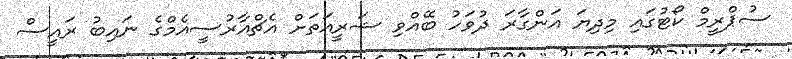
ސުޕްރީމް ކޯޓުގައި މިދިޔަ އަންގާރަ ދުވަހު ބޭއްވި ޝަރީއަތަށް އެޗްއާރުސީއެމްގެ ނައިބު ރައީސް